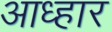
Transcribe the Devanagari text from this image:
आध्हार